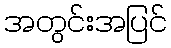
အတွင်းအပြင်